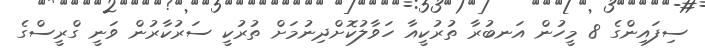
ސިފައިންގެ 8 މީހުން އަނބުރާ ތުރުކީއާ ހަވާލުކޮށްދިނުމަށް ތުރުކީ ސަރުކާރުން ވަނީ ގްރީސްގެ